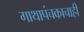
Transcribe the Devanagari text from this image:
गाथापंचकाचाही